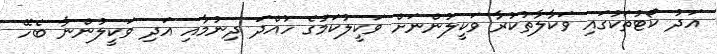
އަދު ކޯޓުތަކުގައި ވަކާލާތުކުރާ ވަކީލުންނަށް ވަކީލުކަމުގެ ހުއްދަ ދިނުމާއި އަދި ވަކީލުންނާ ބެހޭ